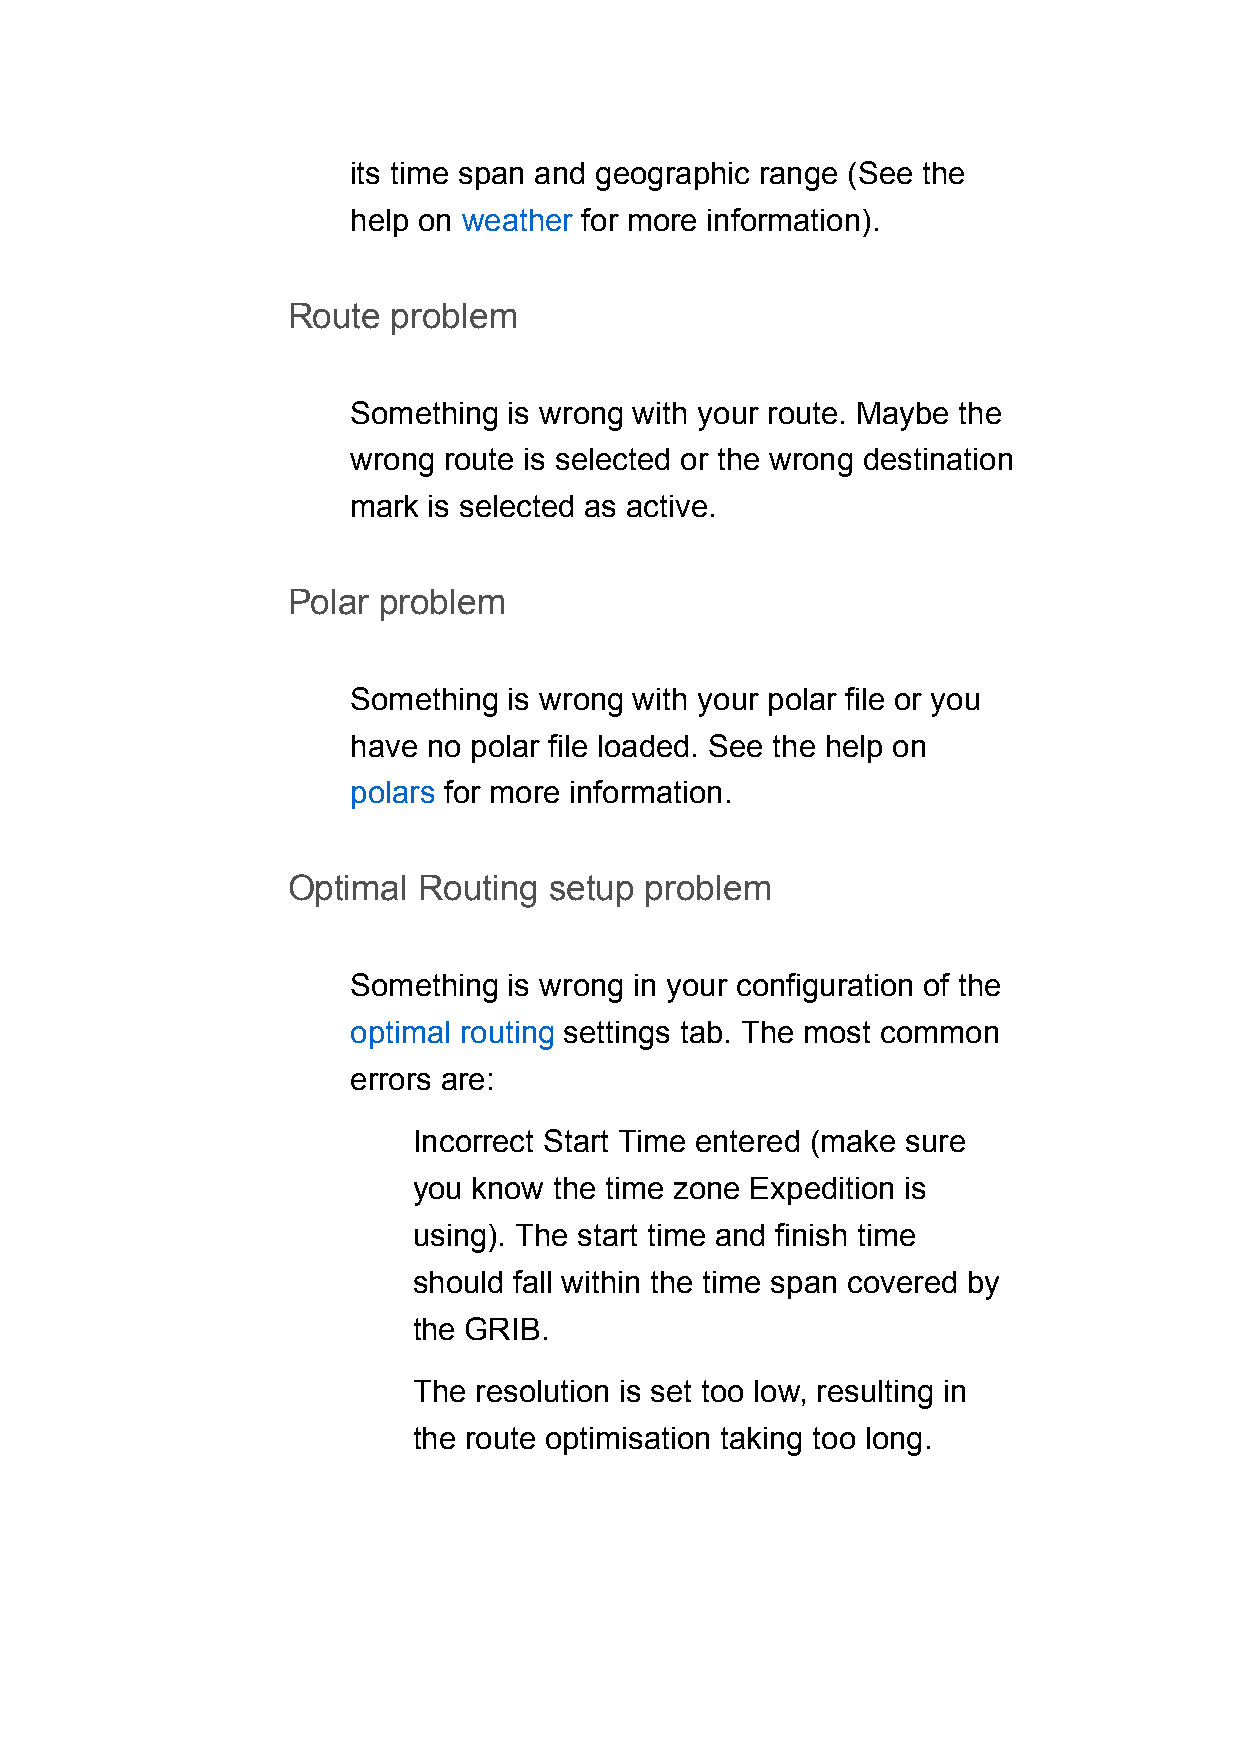
its time span and geographic range (See the
 help on weather for more information).
 Route  problem
 Something  is wrong with your route. Maybe the
 wrong route is selected or the wrong destination
 mark is selected as active.
 Polar problem
 Something  is wrong with your polar file or you
 have no polar file loaded. See the help on
 polars for more information.
 Optimal  Routing setup  problem
 Something  is wrong in your configuration of the
 optimal routing settings tab. The most common
 errors are:
 Incorrect Start Time entered (make sure
 you know  the time zone Expedition is
 using). The start time and finish time
 should fall within the time span covered by
 the GRIB.
 The resolution is set too low, resulting in
 the route optimisation taking too long.